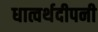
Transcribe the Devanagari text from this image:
धात्वर्थदीपनी